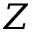
Z